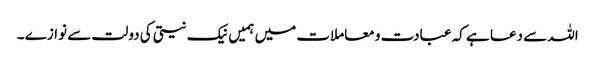
اللہ سے دعا ہے کہ عبادت و معاملات میں ہمیں نیک نیتی کی دولت سے نوازے ۔